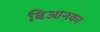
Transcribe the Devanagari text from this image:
बिआनका